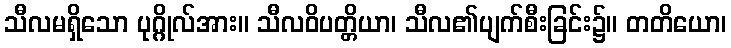
သီလမရှိသော ပုဂ္ဂိုလ်အား။ သီလဝိပတ္တိယာ၊ သီလ၏ပျက်စီးခြင်း၌။ တတိယော၊